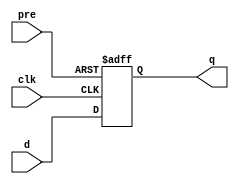
module dffs
    ( input d, clk, pre, output reg q );
    initial begin
      q = 0;
    end
	always @( posedge clk, negedge pre )
		if ( !pre )
			q <= 1'b1;
		else
            q <= d;
endmodule

module dffr
    ( input d, clk, clr, output reg q );
    initial begin
      q = 0;
    end
	always @( posedge clk, negedge clr )
		if ( !clr )
			q <= 1'b0;
		else
            q <= d;
endmodule